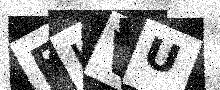
Text: FLVU